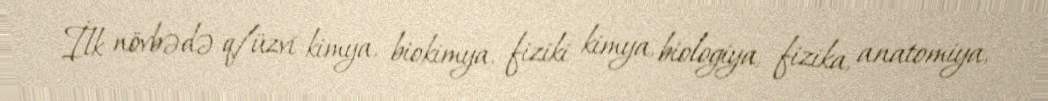
İlk növbədə q/üzvi kimya, biokimya, fiziki kimya, biologiya, fizika, anatomiya,